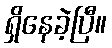
ရှိနေခဲ့ပြီ။